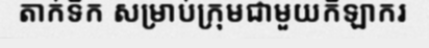
តាក់ទីក សម្រាប់ក្រុមជាមួយកីឡាករ